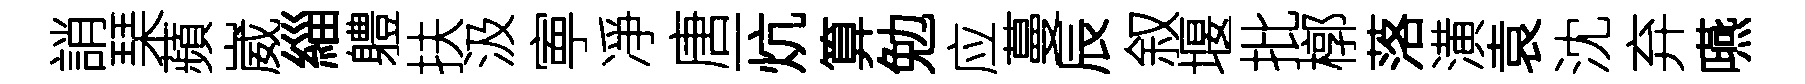
誚琹蘋崴緇軆扶汲寕凈唐一炕算勉应蔓辰叙堰批槨落潢袁沈弃嚥